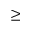
\geq